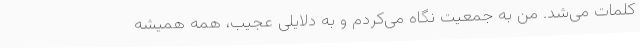
کلمات می‌شد. من به جمعیت نگاه می‌کردم و به دلایلی عجیب، همه همیشه